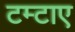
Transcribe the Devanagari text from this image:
टम्टाए